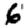
Digit: 6